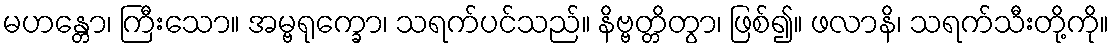
မဟန္တော၊ ကြီးသော။ အမ္ဗရုက္ခော၊ သရက်ပင်သည်။ နိဗ္ဗတ္တိတွာ၊ ဖြစ်၍။ ဖလာနိ၊ သရက်သီးတို့ကို။